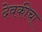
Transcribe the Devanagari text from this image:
देवकीचा